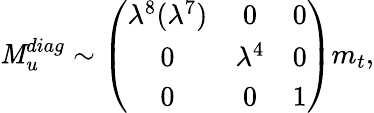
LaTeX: {\mathit M}_{u}^{diag}\sim\left(\begin{array}{ccr}{{\lambda^{8}(\lambda^{7})}}&{{0}}&{{0}}\\ {{0}}&{{\lambda^{4}}}&{{0}}\\ {{0}}&{{0}}&{{1}}\end{array}\right)m_{t},